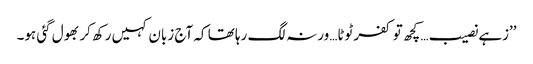
’’زہے نصیب… کچھ تو کفر ٹوٹا…ورنہ لگ رہا تھا کہ آج زبان کہیں رکھ کر بھول گئی ہو۔